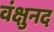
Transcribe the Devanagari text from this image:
वंक्षुनद